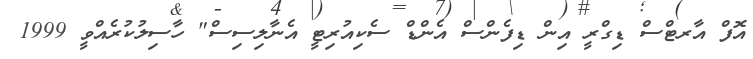
އޮފް އާރޓްސް ޑިގްރީ އިން ޑިފެންސް އެންޑް ސެކިއުރިޓީ އެނާލިސިސް" ހާސިލުކުރެއްވީ 1999